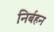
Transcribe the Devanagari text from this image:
निर्बहन